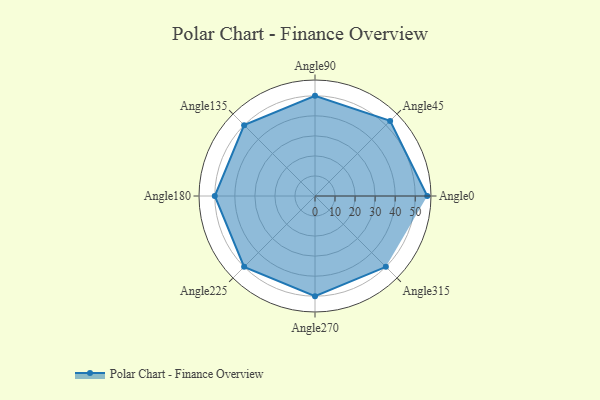
{"axis": {"x": "Angle", "y": "Radius"}, "legend": [""], "data": [{"x": "Angle0", "y": 56.0, "type": ""}, {"x": "Angle45", "y": 53.0, "type": ""}, {"x": "Angle90", "y": 50, "type": ""}, {"x": "Angle135", "y": 50, "type": ""}, {"x": "Angle180", "y": 50, "type": ""}, {"x": "Angle225", "y": 50, "type": ""}, {"x": "Angle270", "y": 50, "type": ""}, {"x": "Angle315", "y": 50, "type": ""}]}